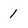
Character: 1